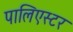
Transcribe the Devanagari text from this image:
पालिएस्टर